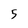
Character: 5